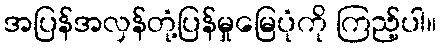
အပြန်အလှန်တုံ့ပြန်မှုမြေပုံကို ကြည့်ပါ။